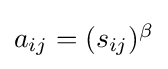
{\textstyle a_{ij}=(s_{ij})^{\beta }}